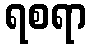
ရစရာ